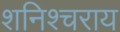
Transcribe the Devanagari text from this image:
शनिश्चराय